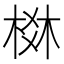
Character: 棥